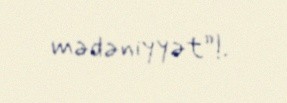
mədəniyyət”!.